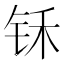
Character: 𰽬